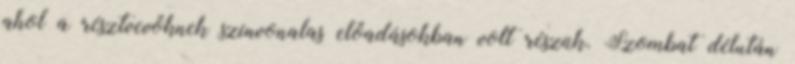
ahol a résztvevőknek színvonalas előadásokban volt részük. Szombat délután